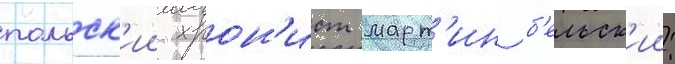
польск'ии хрон'ист март'ин б'ельск'ии: